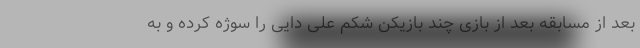
بعد از مسابقه بعد از بازی چند بازیکن شکم علی دایی را سوژه کرده و به